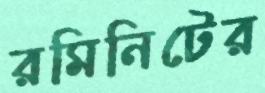
রমিনিটের